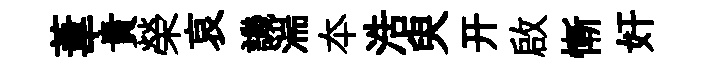
葦貴榮哀譏湍夲浩臾开啟慚奸